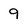
Character: 9